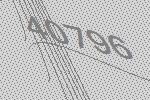
40796